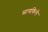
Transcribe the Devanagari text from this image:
सायकिलें